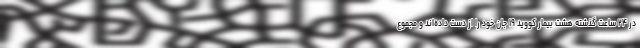
در ۲۴ ساعت گذشته هشت بیمار کووید ۱۹ جان خود را از دست داده‌اند و مجموع